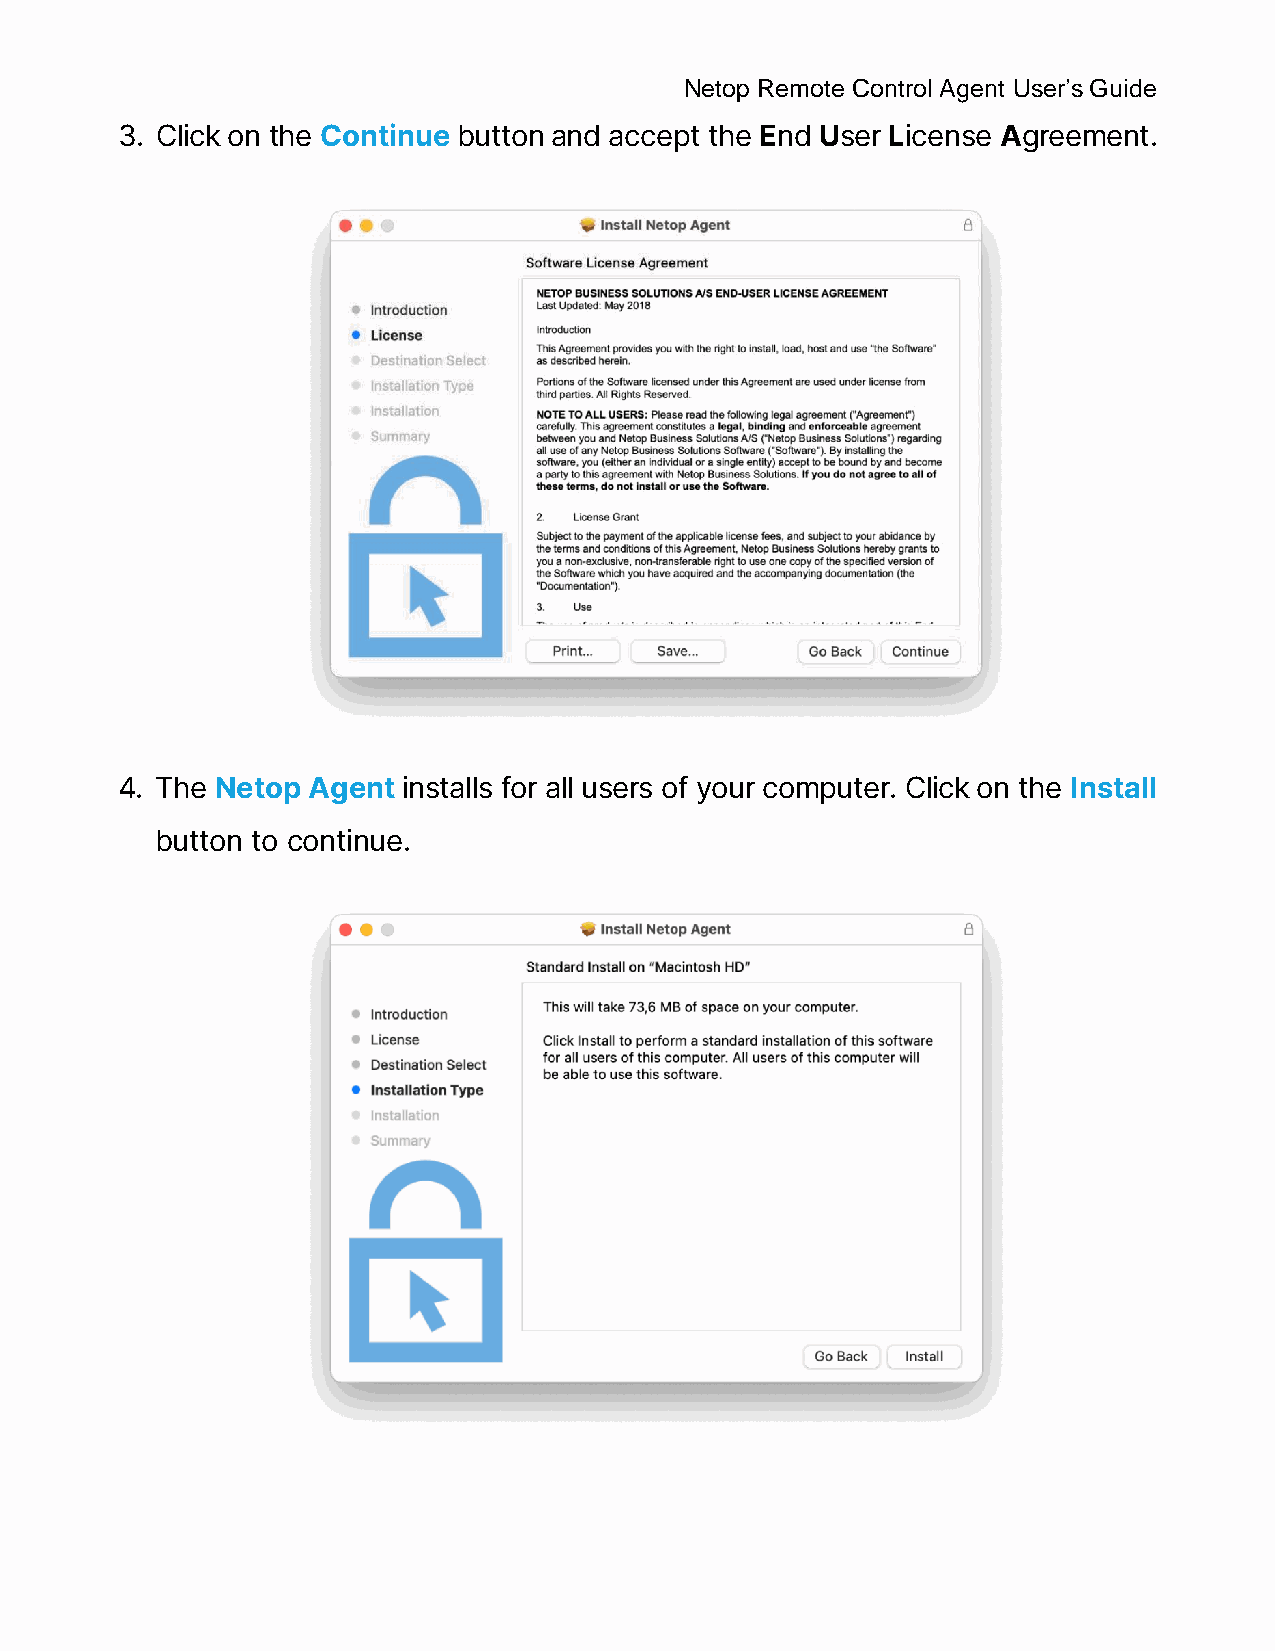
Netop Remote Control Agent User’s Guide
 3. Click on the Continue button and accept the End User License Agreement.
 4. The Netop Agent installs for all users of your computer. Click on the Install
 button to continue.